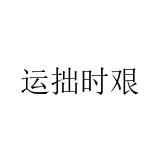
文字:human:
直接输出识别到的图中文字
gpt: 运拙时艰